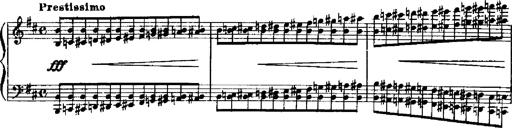
Title: RÃ©miniscences de Robert le diable
Composer: Franz Liszt